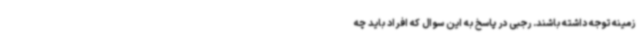
زمینه توجه داشته باشند. رجبی در پاسخ به این سوال که افراد باید چه